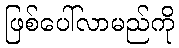
ဖြစ်ပေါ်လာမည်ကို